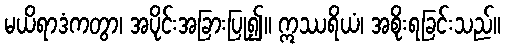
မယိရာဒံကတွာ၊ အပိုင်းအခြားပြု၍။ ဣဿရိယံ၊ အစိုးရခြင်းသည်။